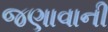
જણાવાની